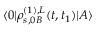
\langle 0 | \rho _ { s , 0 B } ^ { ( 1 ) , L } ( t , t _ { 1 } ) | A \rangle